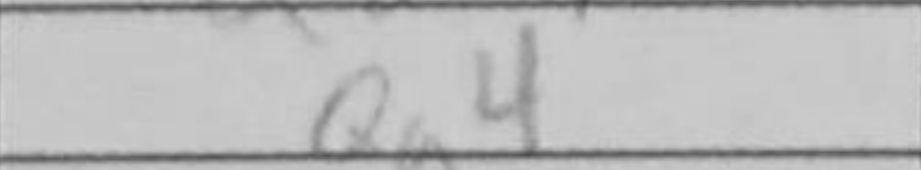
Transcription: Qg4